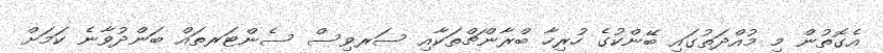
އެގޮތުން މި މުއްދަތުގައި ބޭންކުގެ ހުރިހާ ބްރާންޗްތަކާއި ސަރވިސް ސެންޓަރތައް ބަންދުވާނެ ކަމަށް